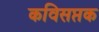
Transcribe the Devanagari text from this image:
कविसप्तक